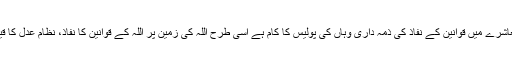
بالکل ویسے ہی جیسے ایک معاشرے میں قوانین کے نفاذ کی ذمہ داری وہاں کی پولیس کا کام ہے اسی طرح اللہ کی زمین پر اللہ کے قوانین کا نفاذ، نظام عدل کا قیام مسلمانوں کی ذمہ داری ہے۔